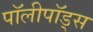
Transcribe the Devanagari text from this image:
पॉलीपॉड्स